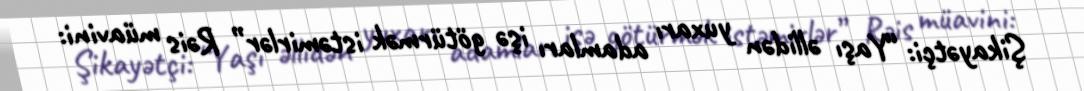
Şikayətçi: “Yaşı əllidən yuxarı adamları işə götürmək istəmirlər” Rəis müavini: